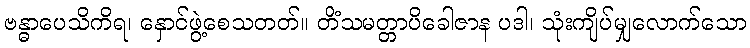
ဗန္ဓာပေသိကိရ၊ နှောင်ဖွဲ့စေသတတ်။ တိံသမတ္တာပိခေါဇာန ပဒါ၊ သုံးကျိပ်မျှလောက်သော